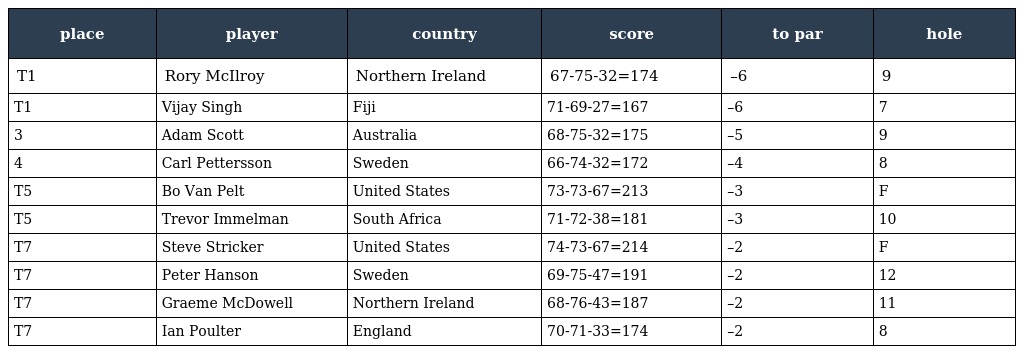
| place | player | country | score | to par | hole |
 | --- | --- | --- | --- | --- | --- |
 | T1 | Rory McIlroy | Northern Ireland | 67-75-32=174 | –6 | 9 |
 | T1 | Vijay Singh | Fiji | 71-69-27=167 | –6 | 7 |
 | 3 | Adam Scott | Australia | 68-75-32=175 | –5 | 9 |
 | 4 | Carl Pettersson | Sweden | 66-74-32=172 | –4 | 8 |
 | T5 | Bo Van Pelt | United States | 73-73-67=213 | –3 | F |
 | T5 | Trevor Immelman | South Africa | 71-72-38=181 | –3 | 10 |
 | T7 | Steve Stricker | United States | 74-73-67=214 | –2 | F |
 | T7 | Peter Hanson | Sweden | 69-75-47=191 | –2 | 12 |
 | T7 | Graeme McDowell | Northern Ireland | 68-76-43=187 | –2 | 11 |
 | T7 | Ian Poulter | England | 70-71-33=174 | –2 | 8 |